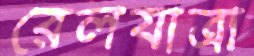
রেলযাত্রা